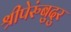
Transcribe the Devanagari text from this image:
श्रीपेरुंबुदुर